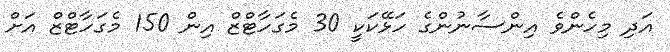
އަދި މިހެންވެ އިންސާނުންގެ ހަޅޭކަކީ 30 މެގަހާޓްޒް އިން 150 މެގަހާޓްޒް އަށް